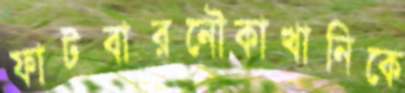
ফাটবারনৌকাখানিকে